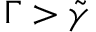
\Gamma > \tilde { \gamma }